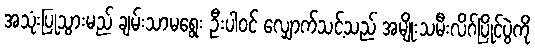
အသုံးပြုသွားမည် ချမ်းသာမရွေး ဦးပါဝင် လျှောက်သင့်သည် အမျိုးသမီးလိဂ်ပြိုင်ပွဲကို